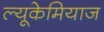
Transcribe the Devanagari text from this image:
ल्यूकेमियाज